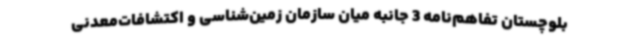
بلوچستان تفاهم‌نامه 3 جانبه میان سازمان زمین‌شناسی و اکتشافات‌معدنی